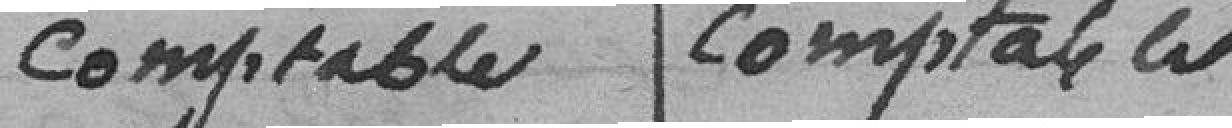
comptable comptable